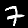
Label: 7